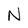
Character: N